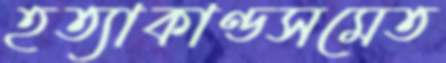
হত্যাকাণ্ডসমেত